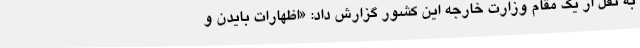
به نقل از یک مقام وزارت خارجه این کشور گزارش داد: «اظهارات بایدن و